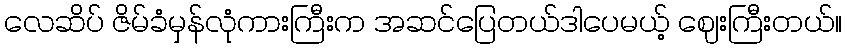
လေဆိပ် ဇိမ်ခံမှန်လုံကားကြီးက အဆင်ပြေတယ်ဒါပေမယ့် ဈေးကြီးတယ်။